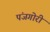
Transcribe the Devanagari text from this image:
पंजगोरी